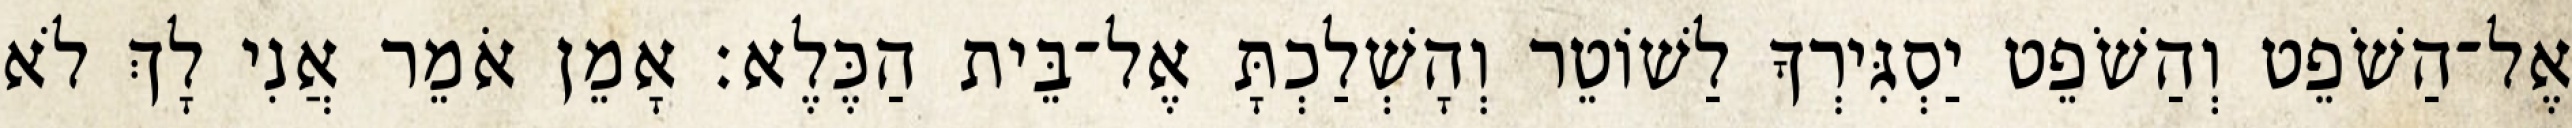
אֶל־הַשֹׁפֵט וְהַשֹׁפֵט יַסְגִּירְךָ לַשׁוֹטֵר וְהָשְׁלַכְתָּ אֶל־בֵּית הַכֶּלֶא׃ אָמֵן אֹמֵר אֲנִי לָךְ לֹא